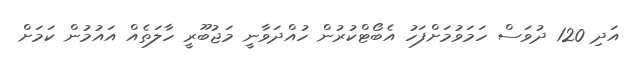
އަދި 120 ދުވަސް ހަމަވުމަށްފަހު އެބޯޓްކުރުން ހުއްދަވާނީ މަޖުބޫރީ ހާލަތެއް އައުމުން ކަމަށް